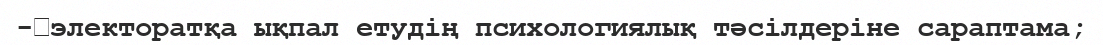
-	электоратқа ықпал етудің психологиялық тәсілдеріне сараптама;